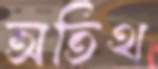
অতিথ